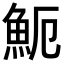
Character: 𩵡